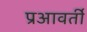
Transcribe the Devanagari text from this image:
प्रआवर्ती